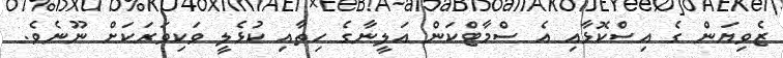
ޒެވިޔަން ގެ އިސްކޮޅާއި އެ ސްމާޓްކަން އަލީނާގެ ހިތާއި ކުޅެލީ ވަކިވަރަކަށް ނޫނެވެ.